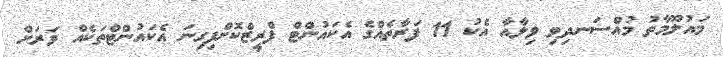
މައުލޫމާތު މުއްސަނދިވި ވިލާއާ އެކު 11 ފަރާތެއްގެ އެކައުންޓް ފްރީޒްކޮށްފިގިނަ އެކައުންޓްތަކެއް ވަރަށް